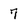
Character: 7